Indian journal of veterinary science and animal husbandry - Volume 5,
Year: 1935
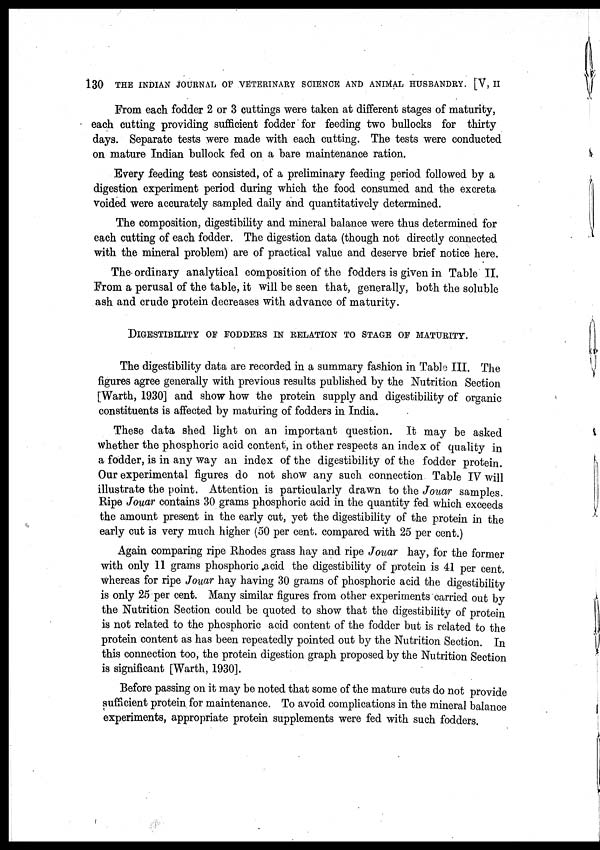
130 THE INDIAN JOURNAL OF VETERINARY SCIENCE AND ANIMAL HUSBANDRY. [V, II
From each fodder 2 or 3 cuttings were taken at different stages of maturity,
each cutting providing sufficient fodder for feeding two bullocks for thirty
days. Separate tests were made with each cutting. The tests were conducted
on mature Indian bullock fed on a bare maintenance ration.
Every feeding test consisted, of a preliminary feeding period followed by a
digestion experiment period during which the food consumed and the excreta
voided were accurately sampled daily and quantitatively determined.
The composition, digestibility and mineral balance were thus determined for
each cutting of each fodder. The digestion data (though not directly connected
with the mineral problem) are of practical value and deserve brief notice here.
The ordinary analytical composition of the fodders is given in Table II.
From a perusal of the table, it will be seen that, generally, both the soluble
ash and crude protein decreases with advance of maturity.
DIGESTIBILITY OF FODDERS IN RELATION TO STAGE OF MATURITY.
The digestibility data are recorded in a summary fashion in Table III. The
figures agree generally with previous results published by the Nutrition Section
[Warth, 1930] and show how the protein supply and digestibility of organic
constituents is affected by maturing of fodders in India.
These data shed light on an important question. It may be asked
whether the phosphoric acid content, in other respects an index of quality in
a fodder, is in any way an index of the digestibility of the fodder protein.
Our experimental figures do not show any such connection Table IV will
illustrate the point. Attention is particularly drawn to the Jouar samples.
Ripe Jouar contains 30 grams phosphoric acid in the quantity fed which exceeds
the amount present in the early cut, yet the digestibility of the protein in the
early cut is very much higher (50 per cent. compared with 25 per cent.)
Again comparing ripe Rhodes grass hay and ripe Jouar hay, for the former
with only 11 grams phosphoric acid the digestibility of protein is 41 per cent.
whereas for ripe Jouar hay having 30 grams of phosphoric acid the digestibility
is only 25 per cent. Many similar figures from other experiments carried out by
the Nutrition Section could be quoted to show that the digestibility of protein
is not related to the phosphoric acid content of the fodder but is related to the
protein content as has been repeatedly pointed out by the Nutrition Section. In
this connection too, the protein digestion graph proposed by the Nutrition Section
is significant [Warth, 1930].
Before passing on it may be noted that some of the mature cuts do not provide
sufficient protein for maintenance. To avoid complications in the mineral balance
experiments, appropriate protein supplements were fed with such fodders.